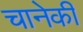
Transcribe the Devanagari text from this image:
चानेकी